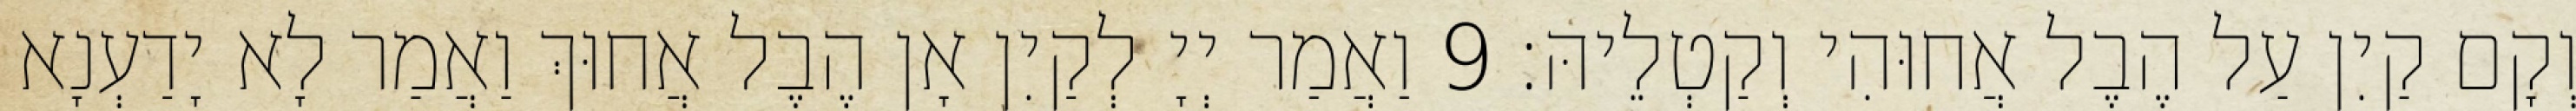
וְקָם קַיִן עַל הֶבֶל אֲחוּהִי וְקַטְלֵיהּ׃ 9 וַאֲמַר יְיָ לְקַיִן אָן הֶבֶל אֲחוּךְ וַאֲמַר לָא יָדַעְנָא